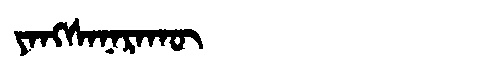
Manchu: ᠶᠠᠩᠰᠠᠨᠠᡵᠠᡴᡡ
Romanization: YANGSANARAKŪ